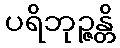
ပရိဘုဉ္ဇန္တိ